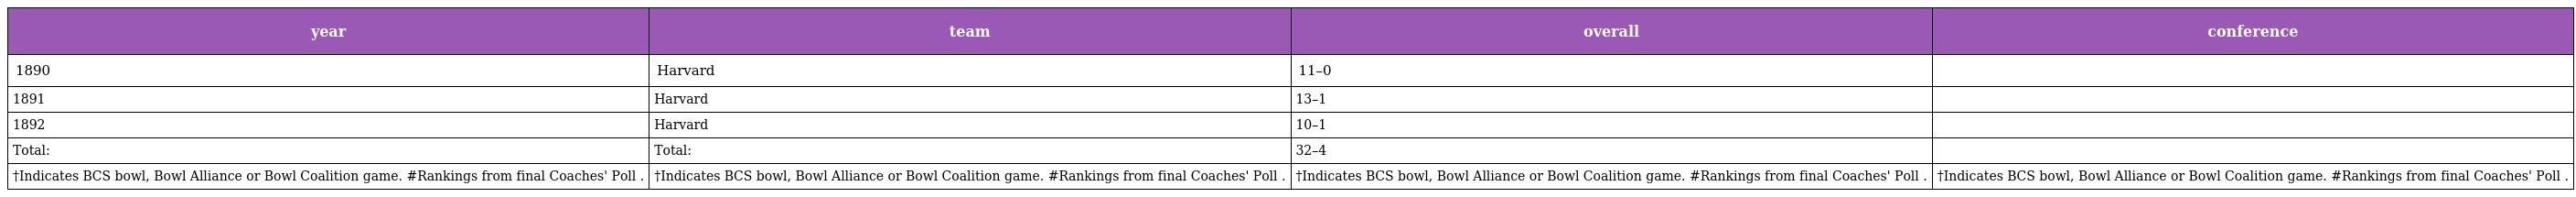
| year | team | overall | conference |
 | --- | --- | --- | --- |
 | 1890 | Harvard | 11–0 |  |
 | 1891 | Harvard | 13–1 |  |
 | 1892 | Harvard | 10–1 |  |
 | Total: | Total: | 32–4 |  |
 | †Indicates BCS bowl, Bowl Alliance or Bowl Coalition game. #Rankings from final Coaches' Poll . | †Indicates BCS bowl, Bowl Alliance or Bowl Coalition game. #Rankings from final Coaches' Poll . | †Indicates BCS bowl, Bowl Alliance or Bowl Coalition game. #Rankings from final Coaches' Poll . | †Indicates BCS bowl, Bowl Alliance or Bowl Coalition game. #Rankings from final Coaches' Poll . |